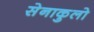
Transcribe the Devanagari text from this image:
सेनाकुलो